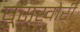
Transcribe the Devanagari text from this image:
घूसख़ोरी